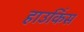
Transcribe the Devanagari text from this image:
हाउकिंस